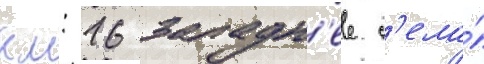
км: 16 западн'ее с'ела́